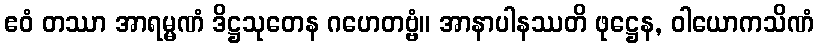
ဧဝံ တဿာ အာရမ္မဏံ ဒိဋ္ဌသုတေန ဂဟေတဗ္ဗံ။ အာနာပါနဿတိ ဖုဋ္ဌေန, ဝါယောကသိဏံ